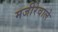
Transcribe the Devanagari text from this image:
मजीरेवाले